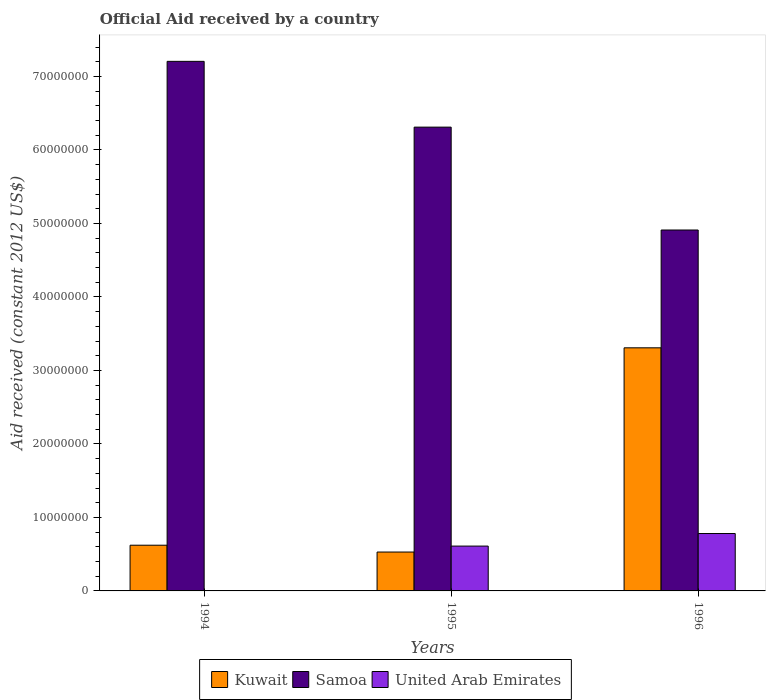
| Years | Kuwait | Samoa | United Arab Emirates |
 | --- | --- | --- | --- |
 | 1994 | 6.22e+06 | 7.21e+07 | -1e+07 |
 | 1995 | 5.29e+06 | 6.31e+07 | 6.1e+06 |
 | 1996 | 3.31e+07 | 4.91e+07 | 7.81e+06 |